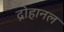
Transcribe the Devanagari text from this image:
द्रोहानल